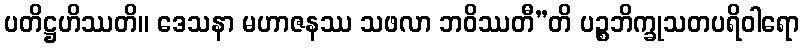
ပတိဋ္ဌဟိဿတိ။ ဒေသနာ မဟာဇနဿ သဖလာ ဘဝိဿတီ”တိ ပဉ္စဘိက္ခုသတပရိဝါရော